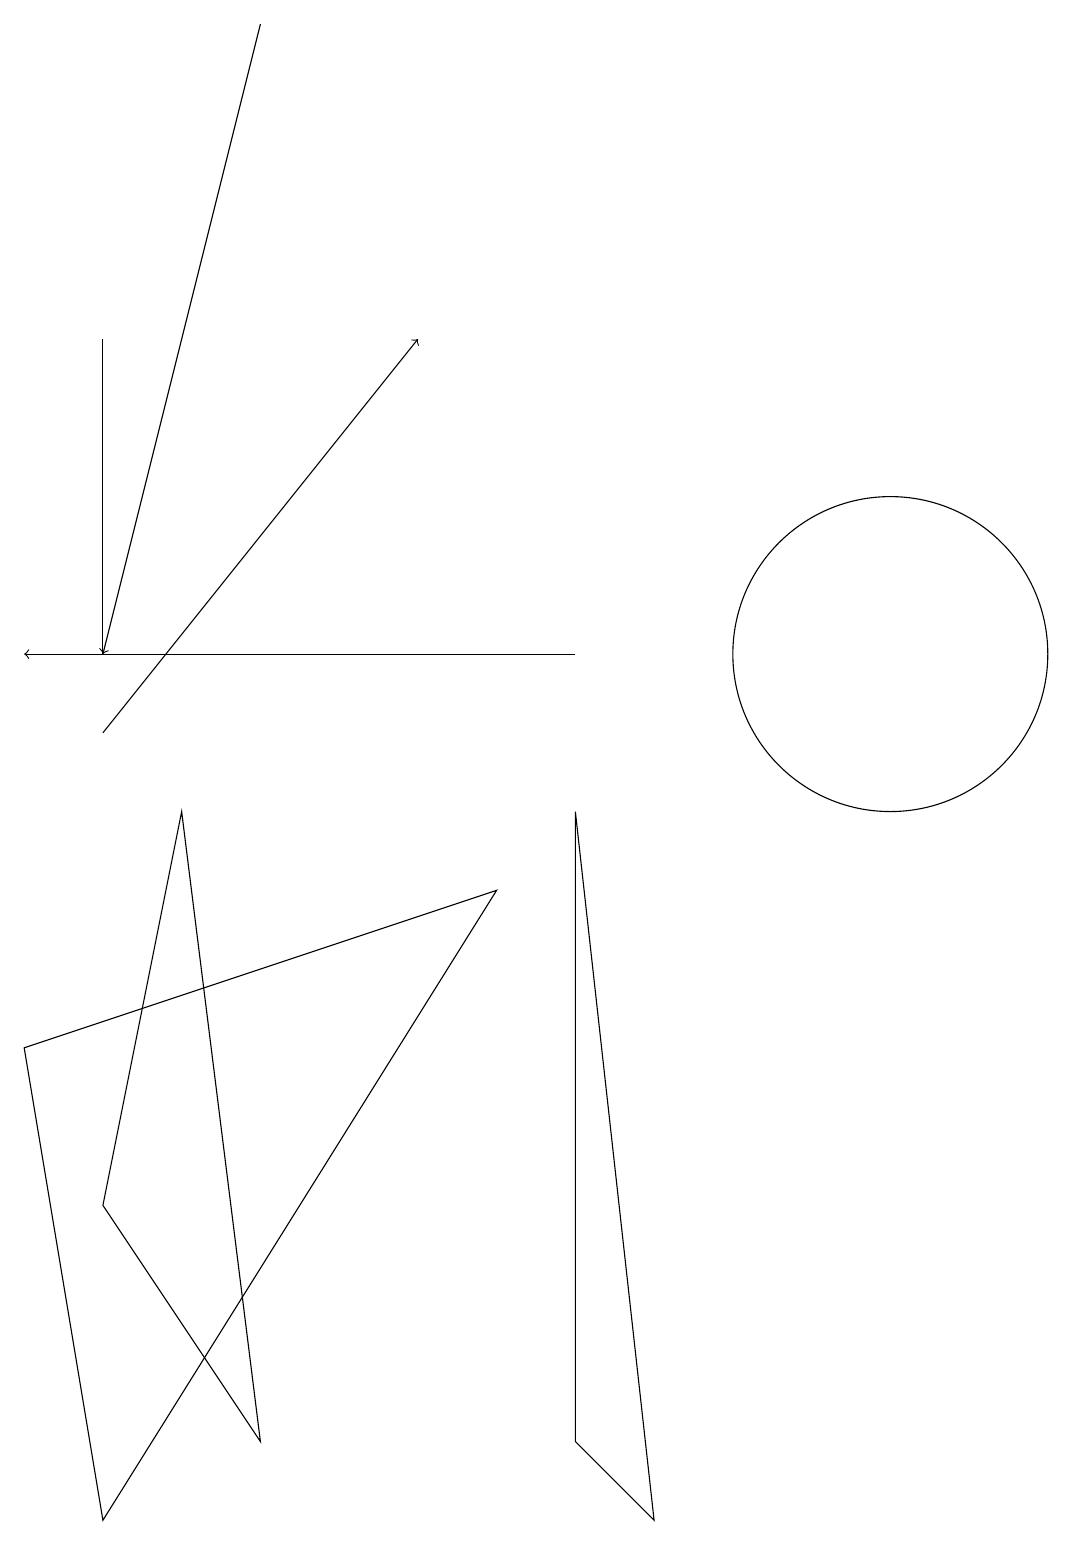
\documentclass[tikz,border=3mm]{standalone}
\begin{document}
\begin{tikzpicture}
\draw (12,11) circle (2);
\draw[->] (2,10) -- (6,15);
\draw[->] (4,19) -- (2,11);
\draw (2,15) rectangle (2,11);
\draw (9,0) -- (8,9) -- (8,1) -- cycle;
\draw[->] (8,11) -- (1,11);
\draw (1,6) -- (2,0) -- (7,8) -- cycle;
\draw (3,9) -- (4,1) -- (2,4) -- cycle;
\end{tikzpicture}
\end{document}